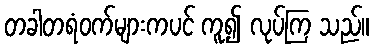
တခါတရံဝက်များကပင် ကူ၍ လုပ်ကြ သည်။